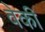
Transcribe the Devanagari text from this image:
वेकी